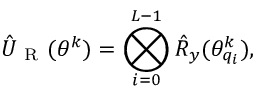
\hat { U } _ { \mathrm { ~ R ~ } } ( \theta ^ { k } ) = \bigotimes _ { i = 0 } ^ { L - 1 } \hat { R } _ { y } ( \theta _ { q _ { i } } ^ { k } ) ,